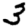
Digit: 3